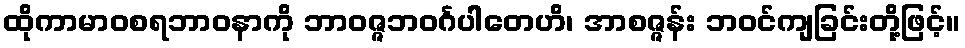
ထိုကာမာဝစရဘာဝနာကို ဘာဝဇ္ဇဘဝင်္ဂပါတေဟိ၊ အာစဇ္ဇန်း ဘဝင်ကျခြင်းတို့ဖြင့်။